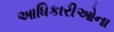
આધિકારીઓના